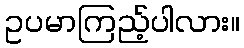
ဥပမာကြည့်ပါလား။